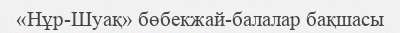
«Нұр-Шуақ» бөбекжай-балалар бақшасы